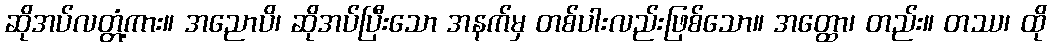
ဆိုအပ်လတ္တံ့ကား။ အညောပိ၊ ဆိုအပ်ပြီးသော အနက်မှ တစ်ပါးလည်းဖြစ်သော။ အတ္ထော၊ တည်း။ တဿ၊ ထို